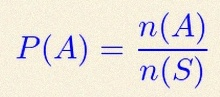
P(A)=\frac{n(A)}{n(S)}